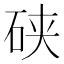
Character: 硖